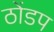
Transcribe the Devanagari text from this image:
ठोंडप